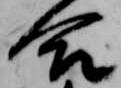
合